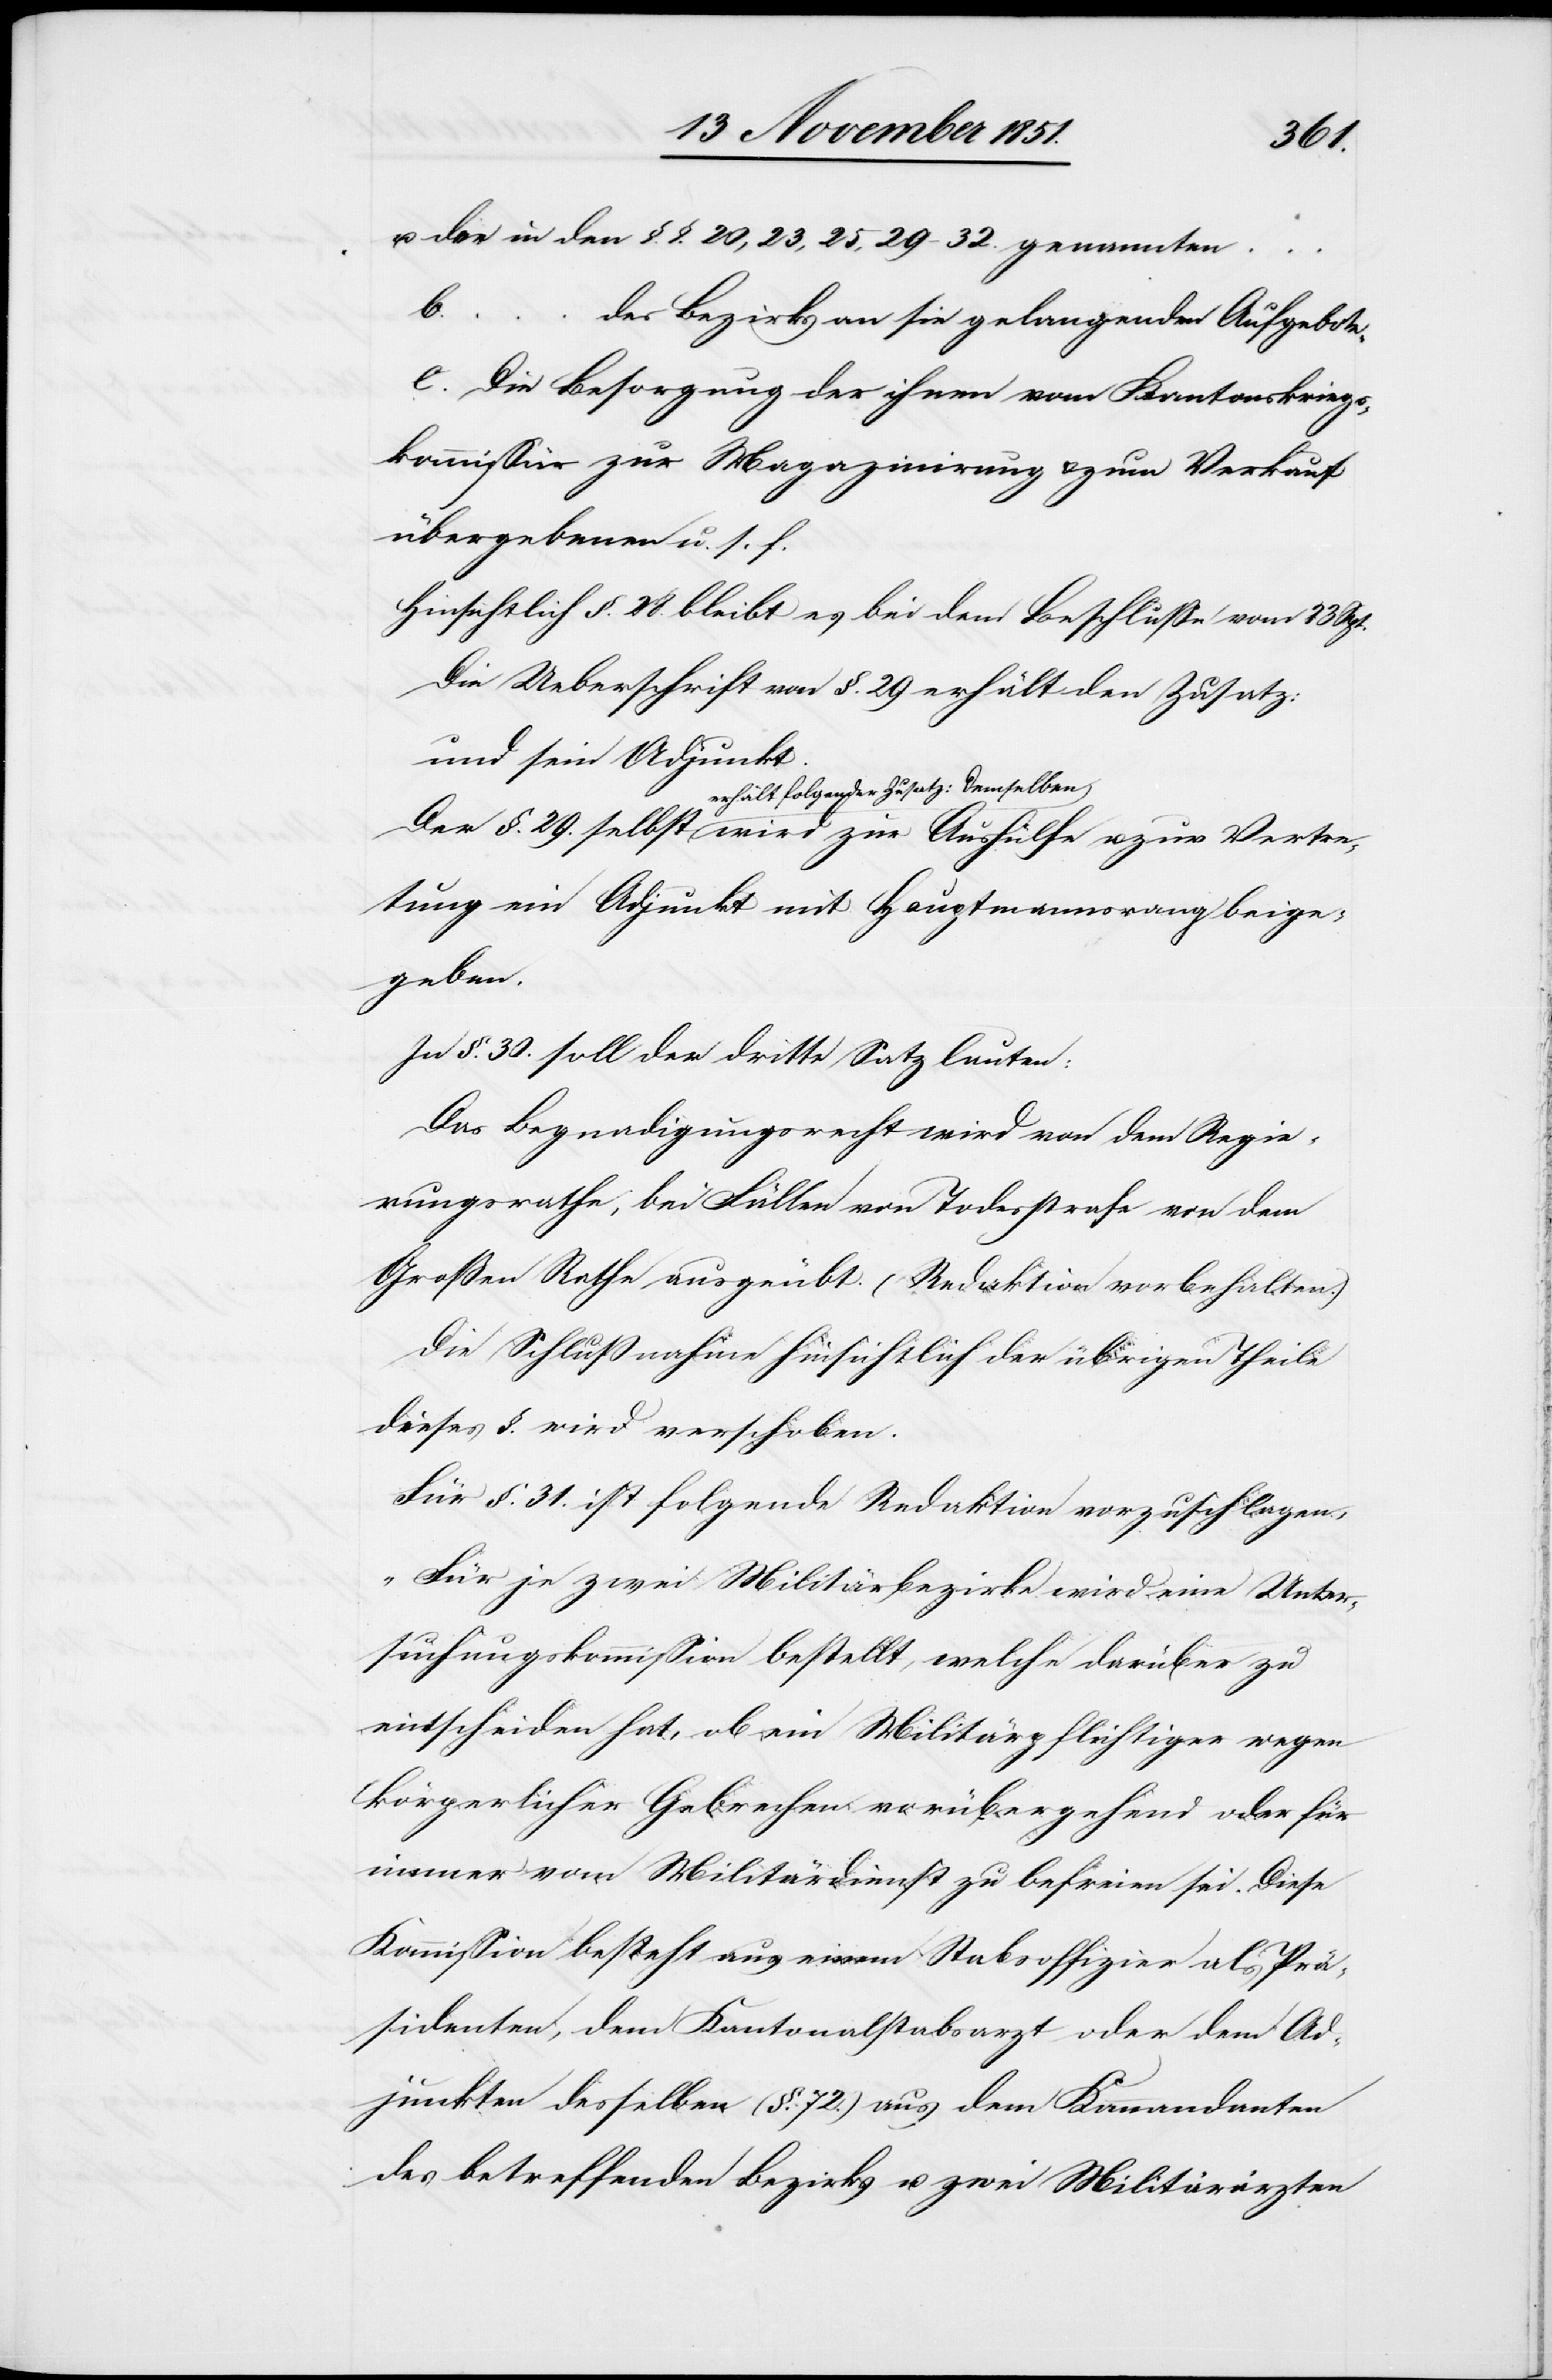
Vertre¬
u. der in den §. §. 20, 23, 25, 29–32. genannten …
u.
des Bezirks an sie gelangenden Aufgebote.
e. Die Besorgung der ihnen vom Kantonskriegs¬
kommissär zur Magazinirung & zum Verkauf
übergebenen u. s. f.
Hinsichtlich §. 28. bleibt es bei dem Beschlusse vom 23 Spt.
Die Ueberschrift von §. 29 erhält den Zusatz:
und sein Adjunkt.
erhält folgender Zusatz: Demselben
tung ein Adjunkt mit Hauptmannsrang beige¬
geben.
In §. 30. soll der dritte Satz lauten:
Das Begnadigungsrecht wird von dem Regie¬
rungsrathe, bei Fällen von Todesstrafe von dem
Großen Rathe ausgeübt. (Redaktion vorbehalten.)
Die Schlußnahme hinsichtlich der übrigen Theile
dieses §. wird verschoben.
Für §. 31. ist folgende Redaktion vorzuschlagen,
„Für je zwei Militärbezirke wird eine Unter¬
suchungskommission bestellt, welche darüber zu
entscheiden hat, ob ein Militärpflichtiger wegen
körperlicher Gebrechen vorübergehend oder für
immer vom Militärdienst zu befreien sei. Diese
Kommission besteht aus einem Stabsoffizier als Prä¬
sidenten, dem Kantonalstabsarzt oder dem Ad¬
junkten desselben (§. 72.)[,] aus dem Kommandanten
des betreffenden Bezirks u. zwei Militärärzten